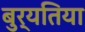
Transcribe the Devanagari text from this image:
बुर्यतिया